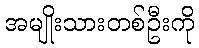
အမျိုးသားတစ်ဦးကို